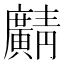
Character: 𫸎